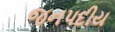
જનપદીય